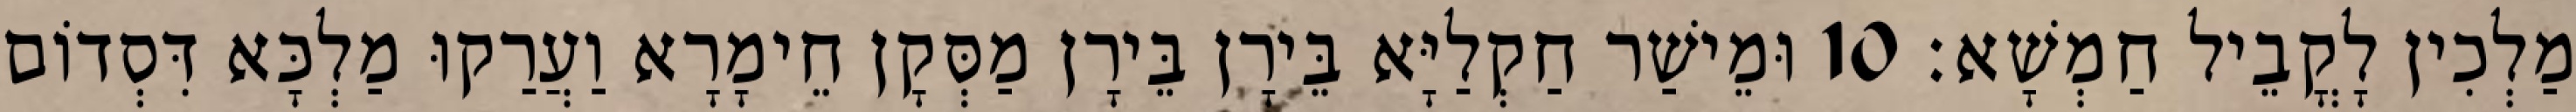
מַלְכִין לָקֳבֵיל חַמְשָׁא׃ 10 וּמֵישַׁר חַקְלַיָּא בֵּירָן בֵּירָן מַסְּקָן חֵימָרָא וַעֲרַקוּ מַלְכָּא דִּסְדוֹם